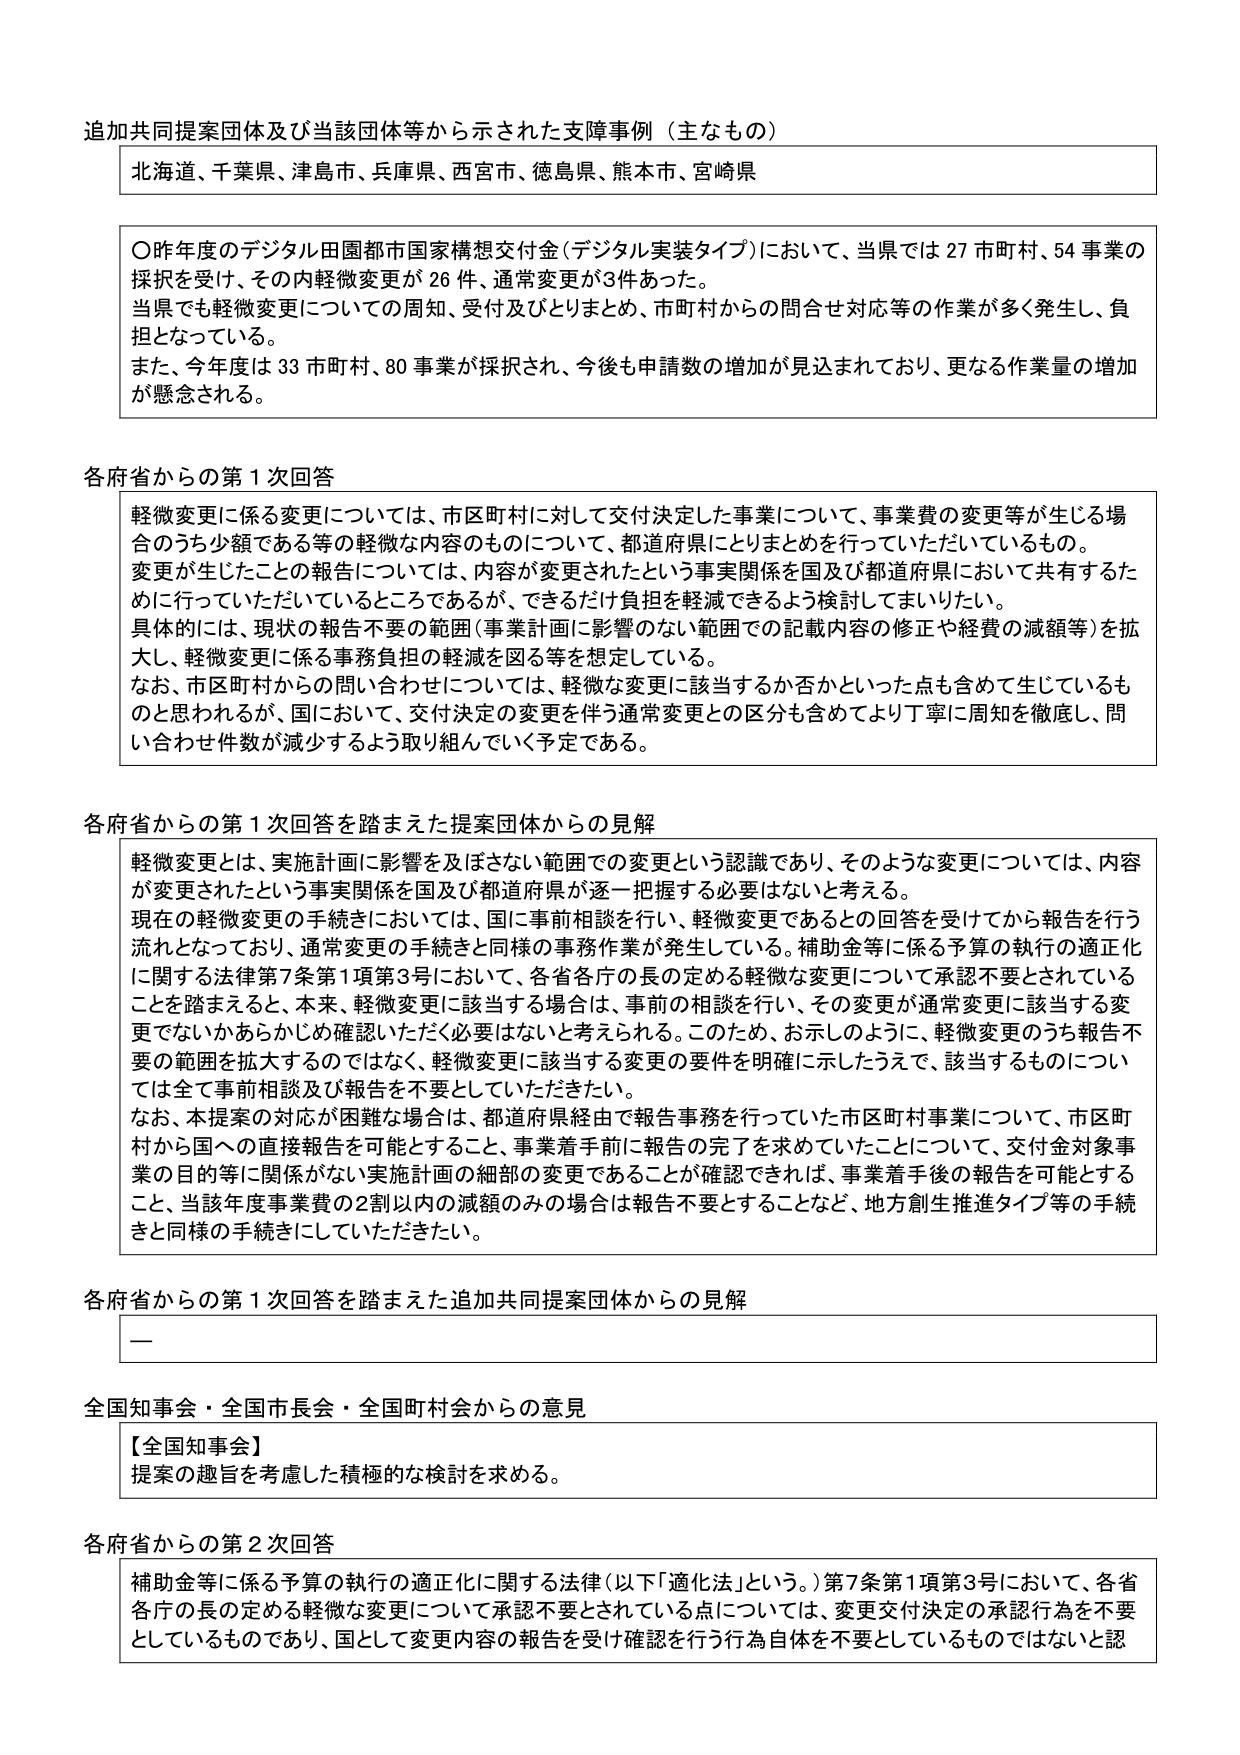
追加共同提案団体及び当該団体等から示された支障事例（主なもの）

北海道、千葉県、津島市、兵庫県、西宮市、徳島県、熊本市、宮崎県

〇昨年度のデジタル田園都市国家構想交付金（デジタル実装タイプ）において、当県では27市町村、54事業の採択を受け、その内軽微変更が26件、通常変更が3件あった。
当県でも軽微変更についての周知、受付及びとりまとめ、市町村からの問合せ対応等の作業が多く発生し、負担となっている。
また、今年度は33市町村、80事業が採択され、今後も申請数の増加が見込まれており、更なる作業量の増加が懸念される。

各府省からの第1次回答

軽微変更に係る変更については、市区町村に対して交付決定した事業について、事業費の変更等が生じる場合のうち少額である等の軽微な内容のものについて、都道府県にとりまとめを行っていただいているもの。
変更が生じたことの報告については、内容が変更されたという事実関係を国及び都道府県において共有するために行っていただいているところであるが、できるだけ負担を軽減できるよう検討してまいりたい。
具体的には、現状の報告不要の範囲（事業計画に影響のない範囲での記載内容の修正や経費の減額等）を拡大し、軽微変更に係る事務負担の軽減を図る等を想定している。
なお、市区町村からの問い合わせについては、軽微な変更に該当するか否かといった点も含めて生じているものと思われるが、国において、交付決定の変更を伴う通常変更との区分も含めてより丁寧に周知を徹底し、問い合わせ件数が減少するよう取り組んでいく予定である。

各府省からの第1次回答を踏まえた提案団体からの見解

軽微変更とは、実施計画に影響を及ぼさない範囲での変更という認識であり、そのような変更については、内容が変更されたという事実関係を国及び都道府県が逐一把握する必要はないと考える。
現在の軽微変更の手続きにおいては、国に事前相談を行い、軽微変更であるとの回答を受けてから報告を行う流れとなっており、通常変更の手続きと同様の事務作業が発生している。補助金等に係る予算の執行の適正化に関する法律第7条第1項第3号において、各省各庁の長の定める軽微な変更について承認不要とされていることを踏まえると、本来、軽微変更に該当する場合は、事前の相談を行い、その変更が通常変更に該当する変更でないかあらかじめ確認いただく必要はないと考えられる。このため、お示しのように、軽微変更のうち報告不要の範囲を拡大するのではなく、軽微変更に該当する変更の要件を明確に示したうえで、該当するものについては全て事前相談及び報告を不要としていただきたい。
なお、本提案の対応が困難な場合は、都道府県経由で報告事務を行っていた市区町村事業について、市区町村から国への直接報告を可能とすること、事業着手前に報告の完了を求めていたことについて、交付金対象事業の目的等に関係がない実施計画の細部の変更であることが確認できれば、事業着手後の報告を可能とすること、当該年度事業費の2割以内の減額のみの場合は報告不要とすることなど、地方創生推進タイプ等の手続きと同様の手続きにしていただきたい。

各府省からの第1次回答を踏まえた追加共同提案団体からの見解

—

全国知事会・全国市長会・全国町村会からの意見

【全国知事会】
提案の趣旨を考慮した積極的な検討を求める。

各府省からの第2次回答

補助金等に係る予算の執行の適正化に関する法律（以下「適化法」という。）第7条第1項第3号において、各省各庁の長の定める軽微な変更について承認不要とされている点については、変更交付決定の承認行為を不要としているものであり、国として変更内容の報告を受け確認を行う行為自体を不要としているものではないと認